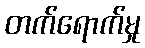
တက်ရောက်မှု